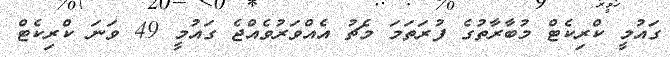
ގައުމީ ކްރިކެޓް މުބާރާތުގެ ފުރަތަމަ މެޗު އެއްވަރުވެއްޖެ ގައުމީ 49 ވަނަ ކްރިކެޓް